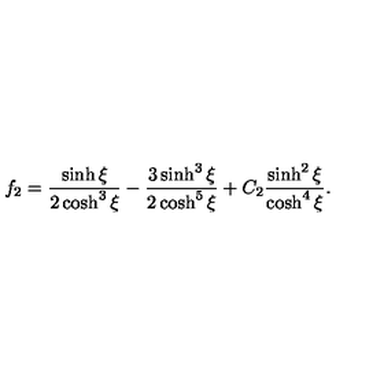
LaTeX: f _ { 2 } = \frac { \sinh \xi } { 2 \cosh ^ { 3 } \xi } - \frac { 3 \sinh ^ { 3 } \xi } { 2 \cosh ^ { 5 } \xi } + C _ { 2 } \frac { \sinh ^ { 2 } \xi } { \cosh ^ { 4 } \xi } .